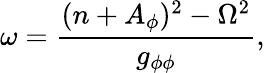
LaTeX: \omega=\frac{(n+A_{\phi})^{2}-\Omega^{2}}{g_{\phi\phi}},